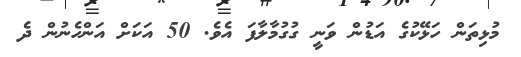
މުޅިތަން ހަޅޭކުގެ އަޑުން ވަނީ ގުގުމާލާފަ އެވެ. 50 އަކަށް އަންހެނުން ދެ